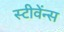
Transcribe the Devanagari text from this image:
स्टीवेंन्स